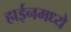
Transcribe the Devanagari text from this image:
हाईनमध्ये